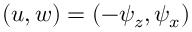
{ ( u , w ) = ( - \psi _ { z } , \psi _ { x } ) }